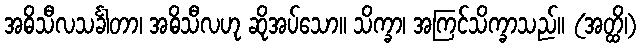
အဓိသီလသင်္ခါတာ၊ အဓိသီလဟု ဆိုအပ်သော။ သိက္ခာ၊ အကြင်သိက္ခာသည်။ (အတ္ထိ၊)